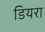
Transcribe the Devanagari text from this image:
डियरा